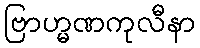
ဗြာဟ္မဏကုလီနာ